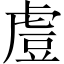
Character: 䖒